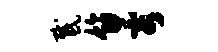
感饰蓉